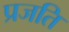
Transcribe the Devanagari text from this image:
प्रजति